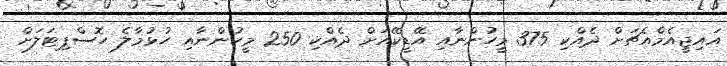
އައިޖީއެމްއެޗަށް ދެއްކި 375 މީހުންނާއި އޭޑީކޭއަށް ދެއްކި 250 މީހުންނާއި ހުޅުމާލެ ހޮސްޕިޓަލަށް